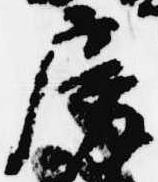
房